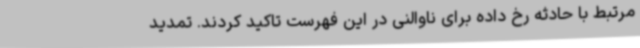
مرتبط با حادثه رخ داده برای ناوالنی در این فهرست تاکید کردند. تمدید